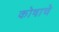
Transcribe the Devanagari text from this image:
कोषाचे